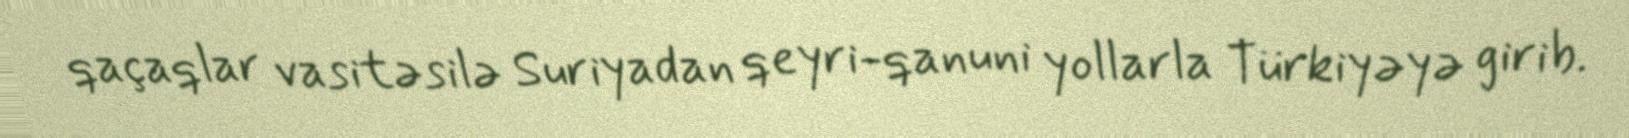
qaçaqlar vasitəsilə Suriyadan qeyri-qanuni yollarla Türkiyəyə girib.